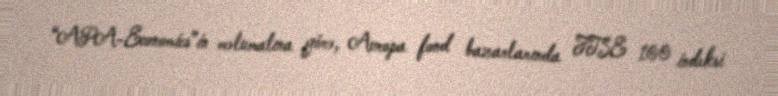
“APA-Economics”in məlumatına görə, Avropa fond bazarlarında FTSE 100 indeksi